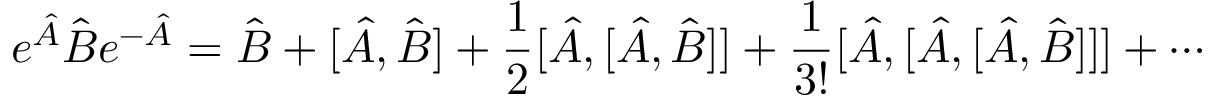
e ^ { \hat { A } } \hat { B } e ^ { - \hat { A } } = \hat { B } + [ \hat { A } , \hat { B } ] + \frac { 1 } { 2 } [ \hat { A } , [ \hat { A } , \hat { B } ] ] + \frac { 1 } { 3 ! } [ \hat { A } , [ \hat { A } , [ \hat { A } , \hat { B } ] ] ] + \cdots